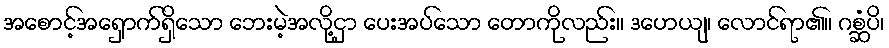
အစောင့်အရှောက်ရှိသော ဘေးမဲ့အလို့ငှာ ပေးအပ်သော တောကိုလည်း။ ဒဟေယျ၊ လောင်ရာ၏။ ဂစ္ဆံပိ၊